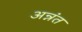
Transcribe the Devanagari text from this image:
अन्नंत